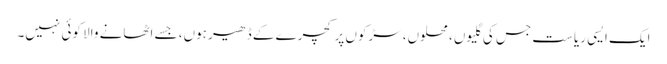
ایک ایسی ریاست جس کی گلیوں، محلوں، سڑکوں پر کچرے کے ڈھیر ہوں، جسے اٹھانے والا کوئی نہیں۔